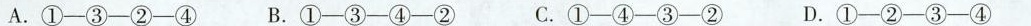
A.①-③-②-④ B.①-③-④-② C.①-④-③-② D.①-②-③-④